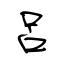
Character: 呂